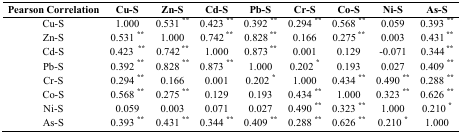
| Pearson Correlation | Cu-S | Zn-S | Cd-S | Pb-S | Cr-S | Co-S | Ni-S | As-S |
 | --- | --- | --- | --- | --- | --- | --- | --- | --- |
 | Cu-S | 1.000 | 0.531 ** | 0.423 ** | 0.392 ** | 0.294 ** | 0.568 ** | 0.059 | 0.393 ** |
 | Zn-S | 0.531 ** | 1.000 | 0.742 ** | 0.828 ** | 0.166 | 0.275 ** | 0.003 | 0.431 ** |
 | Cd-S | 0.423  ** | 0.742 ** | 1.000 | 0.873 ** | 0.001 | 0.129 | -0.071 | 0.344 ** |
 | Pb-S | 0.392 ** | 0.828 ** | 0.873 ** | 1.000 | 0.202 * | 0.193 | 0.027 | 0.409 ** |
 | Cr-S | 0.294 ** | 0.166 | 0.001 | 0.202 * | 1.000 | 0.434 ** | 0.490 ** | 0.288 ** |
 | Co-S | 0.568 ** | 0.275 ** | 0.129 | 0.193 | 0.434 ** | 1.000 | 0.323 ** | 0.626 ** |
 | Ni-S | 0.059 | 0.003 | 0.071 | 0.027 | 0.490 ** | 0.323 ** | 1.000 | 0.210 * |
 | As-S | 0.393 ** | 0.431 ** | 0.344 ** | 0.409 ** | 0.288 ** | 0.626 ** | 0.210 * | 1.000 |